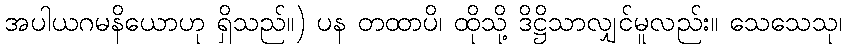
အပါယဂမနိယောဟု ရှိသည်။) ပန တထာပိ၊ ထိုသို့ ဒိဋ္ဌိသာလျှင်မူလည်း။ သေသေသု၊